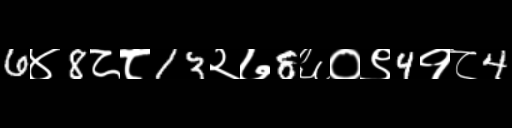
Text: 6४8८८13२७8६०९4१८4